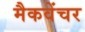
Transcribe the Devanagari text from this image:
मैकवेंचर